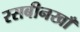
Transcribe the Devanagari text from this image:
रसबीनखाँ